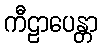
ကီဠာပေန္တာ